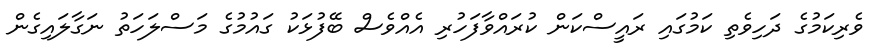
ވެރިކަމުގެ ދަހިވެތި ކަމުގައި ރައީސްކަން ކުރައްވާފަހުރި އެއްވެސް ބޭފުޅަކު ގައުމުގެ މަސްލަހަތު ނަގާލައިގެން